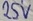
Text: 25V